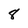
Character: 8